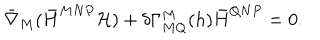
\bar { \nabla } _ { M } ( \bar { H } ^ { M N P } { \cal H } ) + \delta \Gamma _ { M Q } ^ { M } ( h ) \bar { H } ^ { Q N P } = 0 .